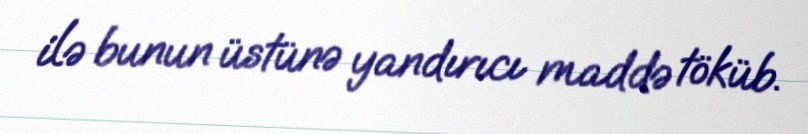
ilə bunun üstünə yandırıcı maddə töküb.